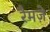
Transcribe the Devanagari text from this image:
रैमज़े